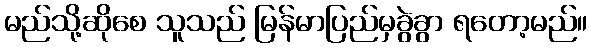
မည်သို့ဆိုစေ သူသည် မြန်မာပြည်မှခွဲခွာ ရတော့မည်။